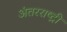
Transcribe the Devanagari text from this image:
अंतरराष्ट्री